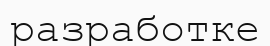
разработке